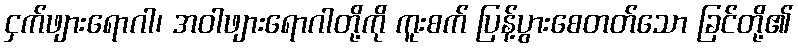
ငှက်ဖျားရောဂါ၊ အဝါဖျားရောဂါတို့ကို ကူးစက် ပြန့်ပွားစေတတ်သော ခြင်တို့၏